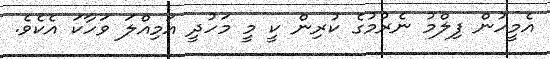
އެމީހުން ފިލްމު ނެރުމުގެ ކުރިން ކީ މީ މަހުދީ އަމިއްލަ ވަހާކަ އެކެވެ.